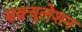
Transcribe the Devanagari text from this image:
सक्र्युलेशन